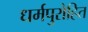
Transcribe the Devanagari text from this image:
धर्मपुरोहित